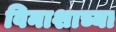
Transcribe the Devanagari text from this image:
विनाशाच्या